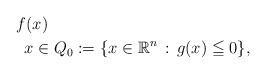
LaTeX: \begin{align*}& \, f(x) \\&\ \ x\in Q_0:=\{x\in\mathbb{R}^n\,:\, g(x)\leqq 0\},\end{align*}